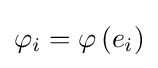
\varphi _{i}=\varphi \left(e_{i}\right)